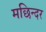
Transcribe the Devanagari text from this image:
मछिन्दर